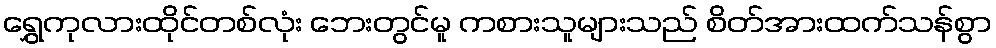
ရွှေကုလားထိုင်တစ်လုံး ဘေးတွင်မူ ကစားသူများသည် စိတ်အားထက်သန်စွာ